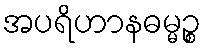
အပရိဟာနဓမ္မဉ္စ